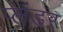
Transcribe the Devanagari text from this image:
प्लंडर